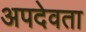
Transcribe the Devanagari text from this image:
अपदेवता